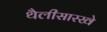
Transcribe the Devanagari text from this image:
थैलीसारखे